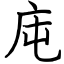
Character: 庉